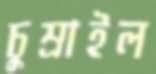
চুম্‌রাইল